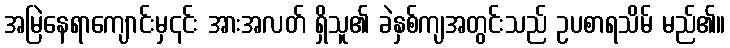
အမြဲနေရာကျောင်းမှ၎င်း အားအလတ် ရှိသူ၏ ခဲနှစ်ကျအတွင်းသည် ဥပစာရသိမ် မည်၏။